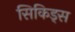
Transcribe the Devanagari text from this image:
सिकिड्स